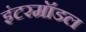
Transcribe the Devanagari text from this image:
इंटरमॉडल